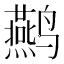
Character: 𮹜